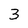
Character: 3